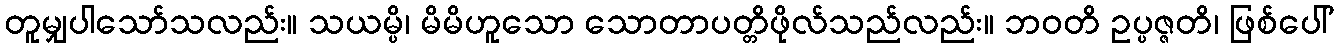
တူမျှပါသော်သလည်း။ သယမ္ပိ၊ မိမိဟူသော သောတာပတ္တိဖိုလ်သည်လည်း။ ဘဝတိ ဥပ္ပဇ္ဇတိ၊ ဖြစ်ပေါ်